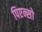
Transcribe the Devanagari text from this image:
पिएन्सो